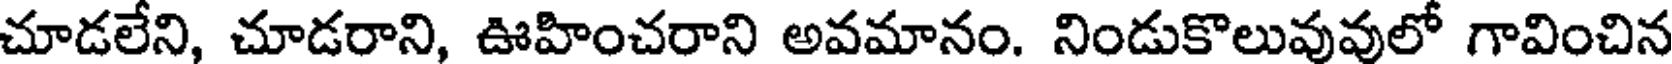
చూడలేని, చూడరాని, ఊహించరాని అవమానం. నిండుకొలువువులో గావించిన